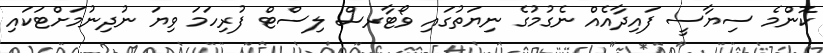
ކޮންމެ ސިޔާސީ ފައިދާއެއް ނެގުމުގެ ނިޔަތުގައި ވޯޓާރސް ލިސްޓް ފުރިހަމަ ވިޔަ ނުދިނުމަށްޓަކައި